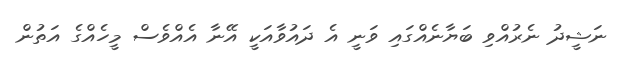
ނަޝީދު ނެރުއްވި ބަޔާނެއްގައި ވަނީ އެ ދައުވާއަކީ އޭނާ އެއްވެސް މީހެއްގެ އަތުން